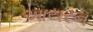
આયરન